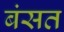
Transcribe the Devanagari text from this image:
बंसत